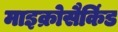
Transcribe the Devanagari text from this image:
माइक्रोसैकिंड